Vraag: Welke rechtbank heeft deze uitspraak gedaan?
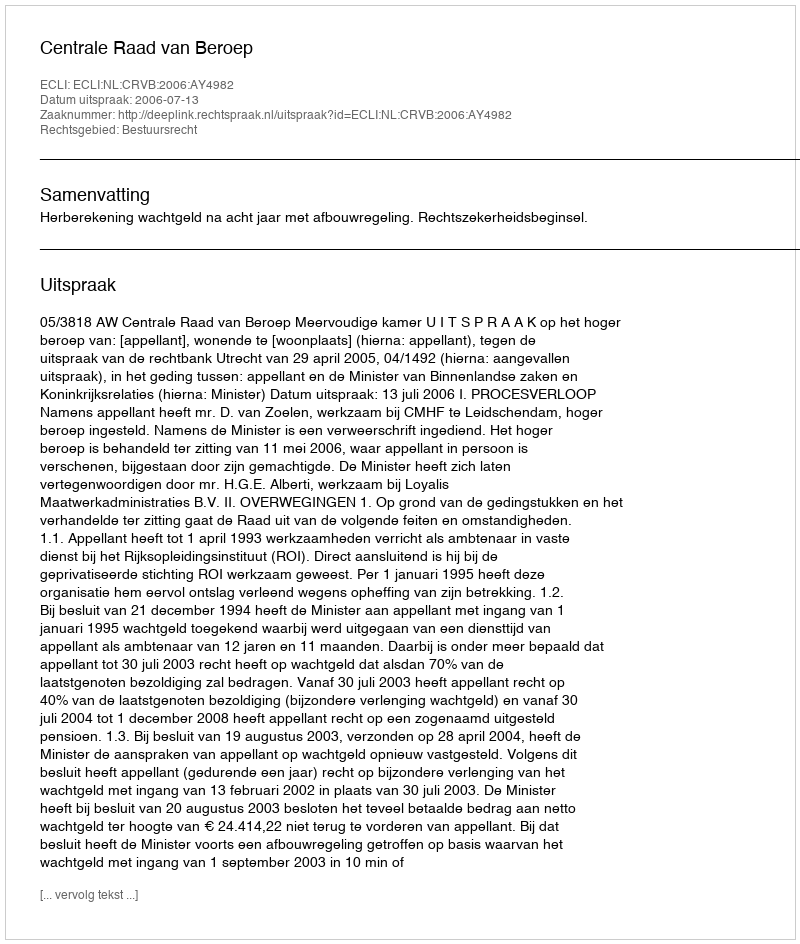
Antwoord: Centrale Raad van Beroep